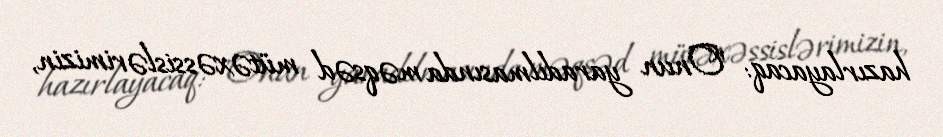
hazırlayacaq: "Onun yaradılmasında məqsəd mütəxəssislərimizin,